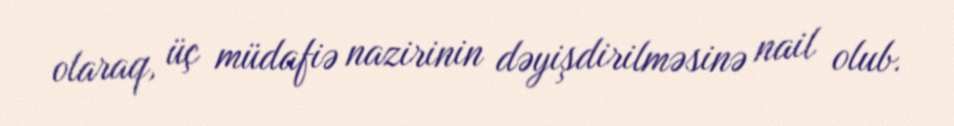
olaraq, üç müdafiə nazirinin dəyişdirilməsinə nail olub.